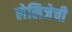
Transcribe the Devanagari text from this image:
लेलिजेची